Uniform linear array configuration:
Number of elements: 24
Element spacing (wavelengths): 0.5
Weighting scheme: cosine
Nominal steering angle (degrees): -60
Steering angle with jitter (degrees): -60.192
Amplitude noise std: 0.05
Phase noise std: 0.05

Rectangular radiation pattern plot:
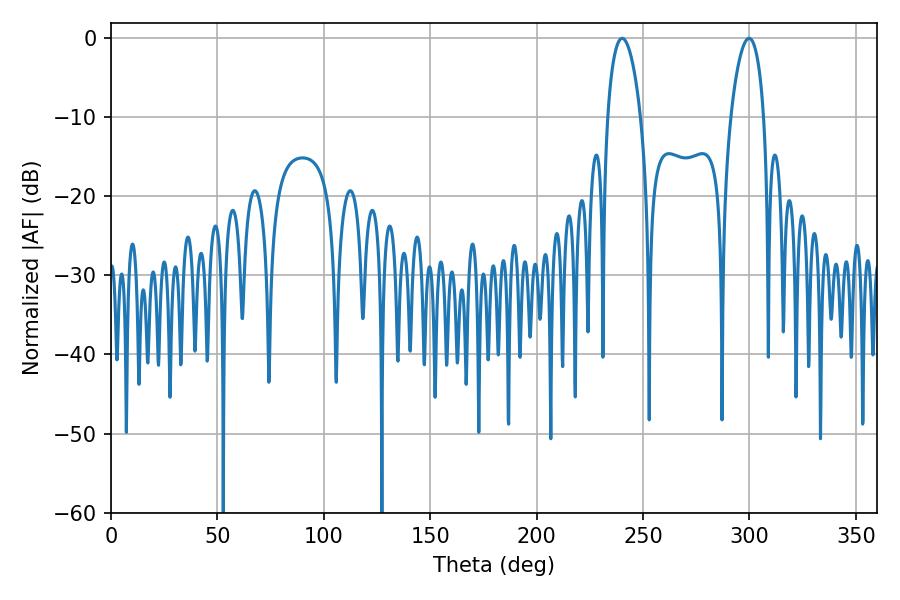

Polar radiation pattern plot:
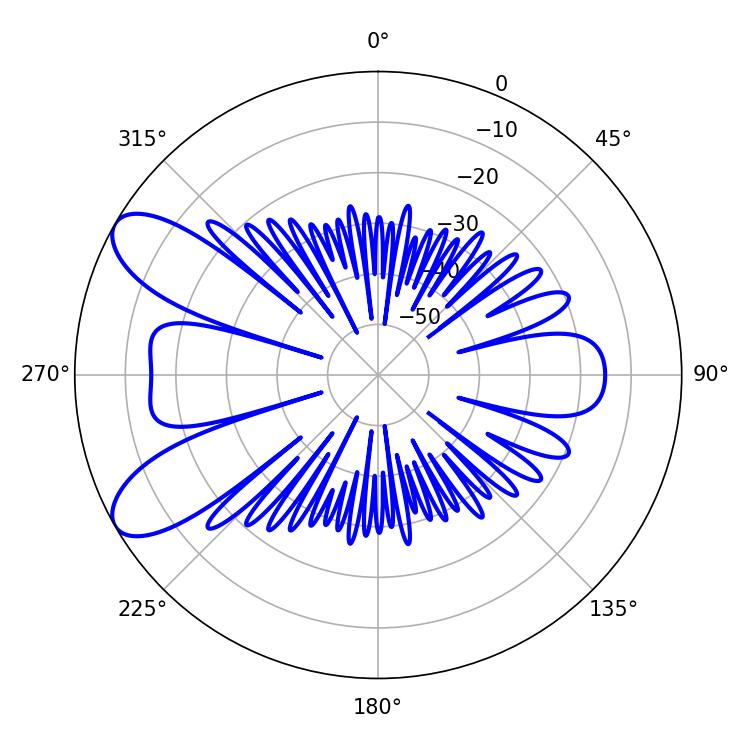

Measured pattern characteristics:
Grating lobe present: FALSE
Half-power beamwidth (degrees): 8.64
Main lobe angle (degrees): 299.88